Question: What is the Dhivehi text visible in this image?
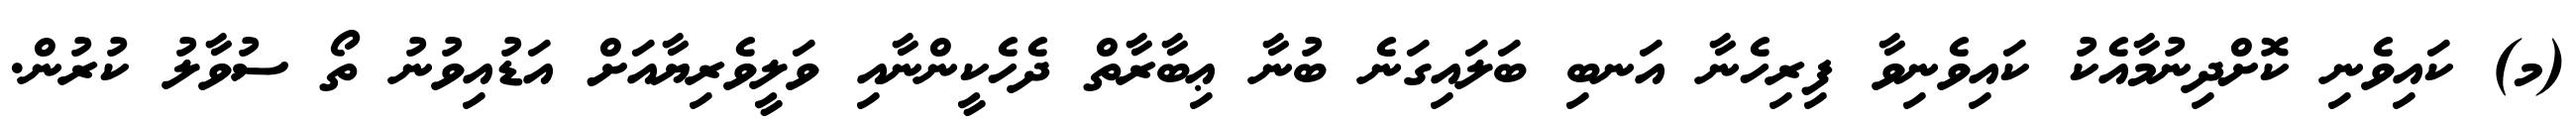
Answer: (މ) ކައިވެނި ކޮށްދިނުމާއެކު ކައިވެނިވާ ފިރިހެނާ އަނބި ބަލައިގަނެ ބުނާ ޢިބާރާތް ދެހެކީންނާއި ވަލީވެރިޔާއަށް އަޑުއިވުނު ތޯ ސުވާލު ކުރުން.